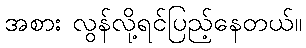
အစား လွန်လို့ရင်ပြည့်နေတယ်။